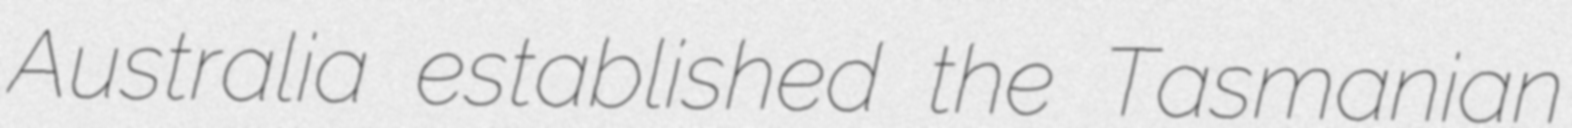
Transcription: Australia established the Tasmanian